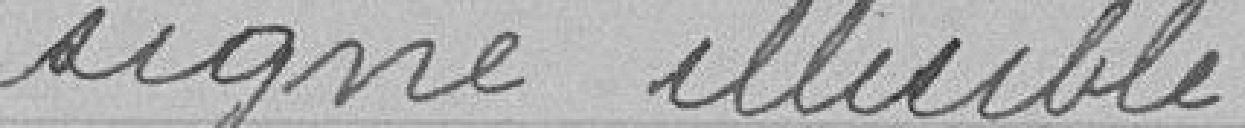
signé illisible